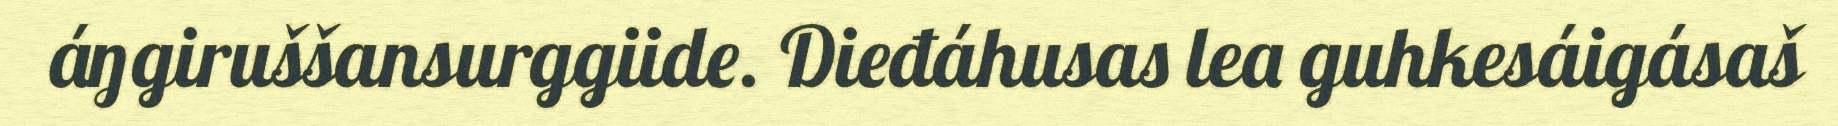
áŋgiruššansurggiide. Dieđáhusas lea guhkesáigásaš